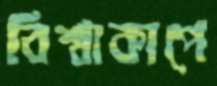
বিশ্বাকাপে